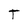
Character: T